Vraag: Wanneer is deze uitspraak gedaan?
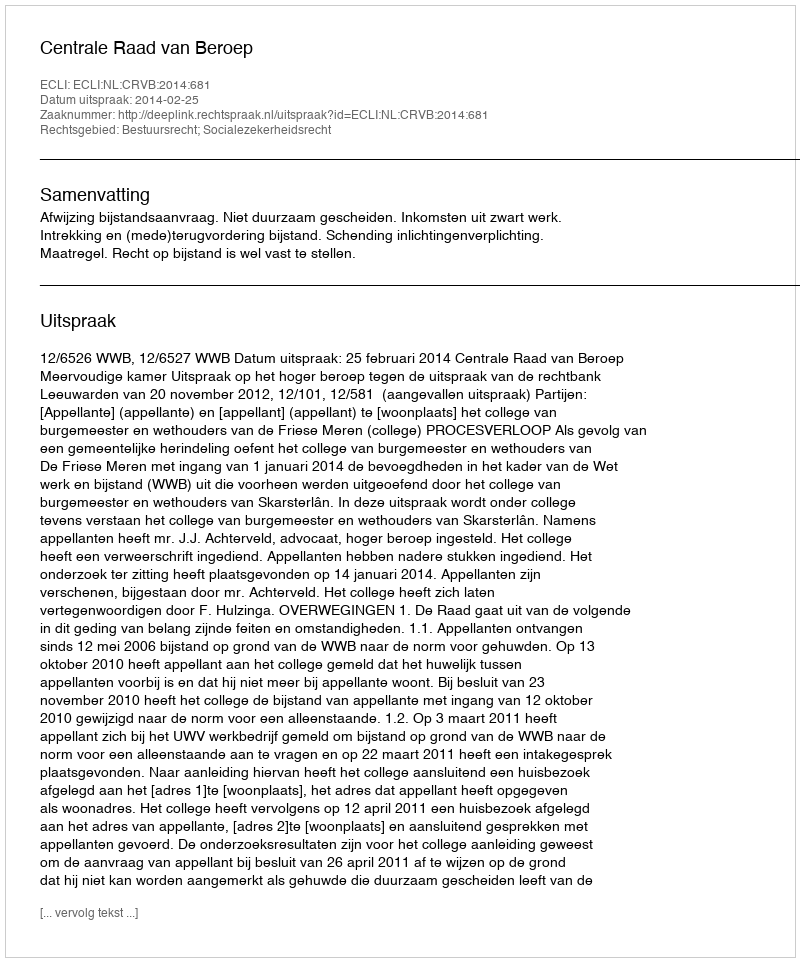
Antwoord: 2014-02-25